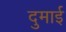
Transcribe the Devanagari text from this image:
दुमाई